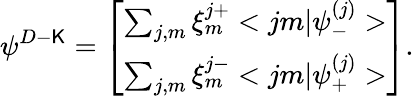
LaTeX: {\psi}^{D-\mathsf{K}}=\left[\begin{array}{c}{{\sum_{j,m}\xi_{m}^{j+}<jm|{\psi}_{-}^{(j)}>}}\\ {{\sum_{j,m}\xi_{m}^{j-}<jm|{\psi}_{+}^{(j)}>}}\end{array}\right].